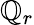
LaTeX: \mathbb{Q}_{r}